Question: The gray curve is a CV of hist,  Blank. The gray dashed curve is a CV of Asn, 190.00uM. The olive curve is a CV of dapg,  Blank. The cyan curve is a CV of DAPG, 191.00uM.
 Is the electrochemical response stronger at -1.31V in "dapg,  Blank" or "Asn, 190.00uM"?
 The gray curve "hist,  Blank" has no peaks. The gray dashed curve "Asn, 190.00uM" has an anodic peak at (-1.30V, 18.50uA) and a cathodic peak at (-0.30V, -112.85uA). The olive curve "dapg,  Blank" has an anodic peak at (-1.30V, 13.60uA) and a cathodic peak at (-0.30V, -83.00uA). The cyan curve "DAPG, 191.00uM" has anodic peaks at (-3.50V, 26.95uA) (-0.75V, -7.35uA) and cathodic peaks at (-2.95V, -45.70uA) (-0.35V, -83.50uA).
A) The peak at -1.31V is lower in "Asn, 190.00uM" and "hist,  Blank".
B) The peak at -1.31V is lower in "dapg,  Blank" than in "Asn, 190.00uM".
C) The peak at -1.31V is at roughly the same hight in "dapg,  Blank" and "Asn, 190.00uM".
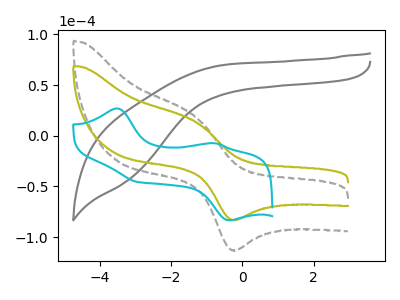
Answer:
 <answer>B) The peak at -1.31V is lower in "dapg,  Blank" than in "Asn, 190.00uM".</answer>
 <eval>B</eval>